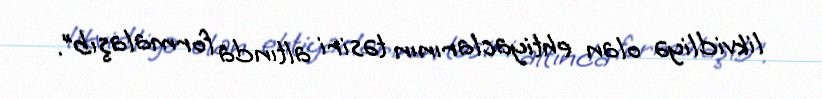
likvidliyə olan ehtiyaclarının təsiri altında formalaşıb”.